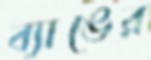
ব্যাঙের